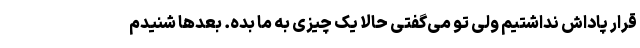
قرار پاداش نداشتیم ولی تو می‌گفتی حالا یک چیزی به ما بده. بعدها شنیدم